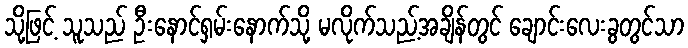
သို့ဖြင့် သူသည် ဦးနောင်ရှမ်းနောက်သို့ မလိုက်သည့်အချိန်တွင် ချောင်းလေးခွတွင်သာ